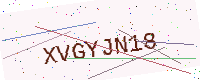
Text: XVGYJN18